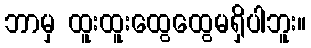
ဘာမှ ထူးထူးထွေထွေမရှိပါဘူး။